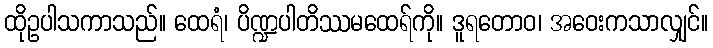
ထိုဥပါသကာသည်။ ထေရံ၊ ပိဏ္ဍပါတိဿမထေရ်ကို။ ဒူရတောဝ၊ အဝေးကသာလျှင်။